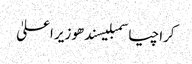
کراچیاسمبلیسندھوزیر اعلیٰ